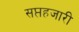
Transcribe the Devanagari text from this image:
सप्तहजारी